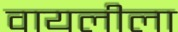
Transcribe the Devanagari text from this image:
वायलीला